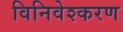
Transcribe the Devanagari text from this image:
विनिवेश्करण